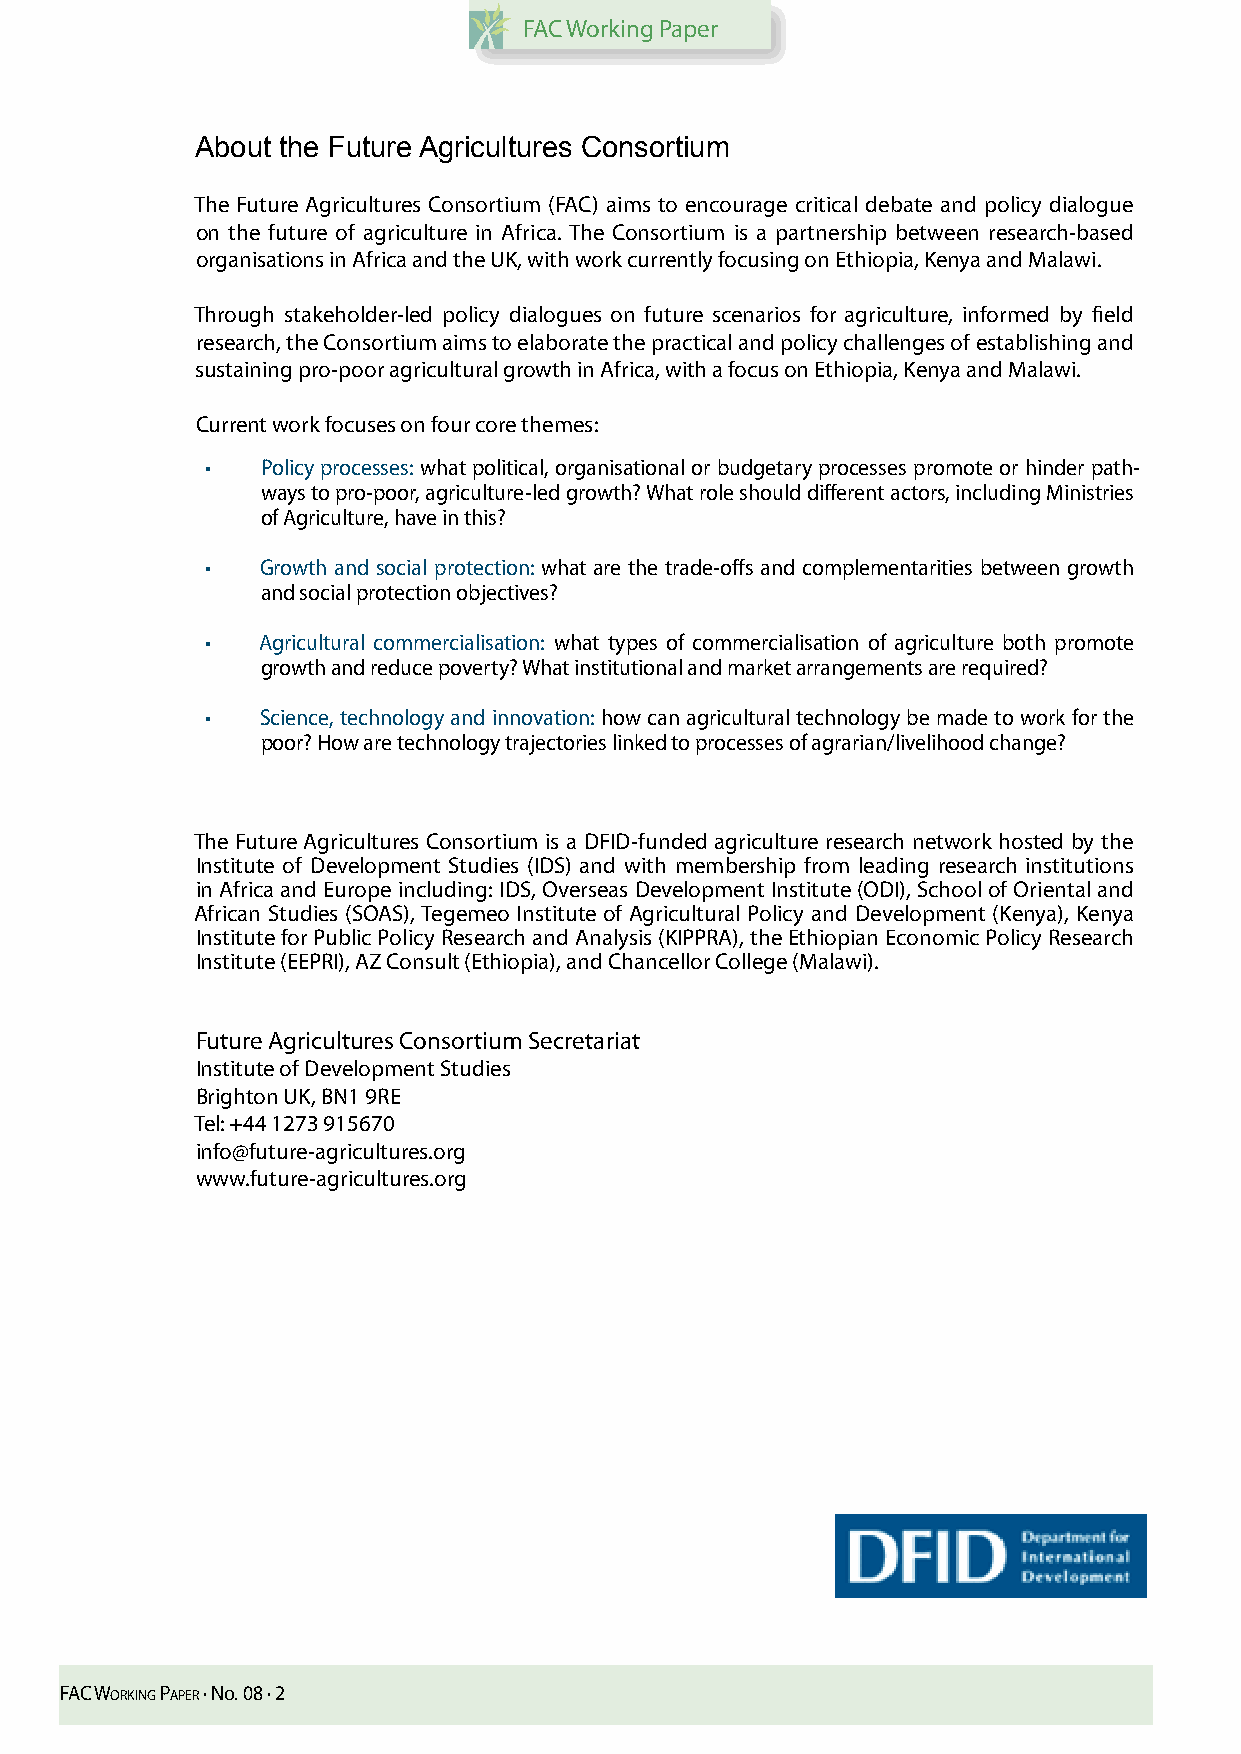
FAC Working Paper
 About the Future Agricultures Consortium
 The Future Agricultures Consortium (FAC) aims to encourage critical debate and policy dialogue
 on the future of agriculture in Africa. The Consortium is a partnership between research-based
 organisations in Africa and the UK, with work currently focusing on Ethiopia, Kenya and Malawi.
 Through stakeholder-led policy dialogues on future scenarios for agriculture, informed by field
 research, the Consortium aims to elaborate the practical and policy challenges of establishing and
 sustaining pro-poor agricultural growth in Africa, with a focus on Ethiopia, Kenya and Malawi.
 Current work focuses on four core themes:
 •  Policy processes: what political, organisational or budgetary processes promote or hinder path-
 ways to pro-poor, agriculture-led growth? What role should different actors, including Ministries
 of Agriculture, have in this?
 •  Growth and social protection: what are the trade-offs and complementarities between growth
 and social protection objectives?
 •  Agricultural commercialisation: what types of commercialisation of agriculture both promote
 growth and reduce poverty? What institutional and market arrangements are required?
 •  Science, technology and innovation: how can agricultural technology be made to work for the
 poor? How are technology trajectories linked to processes of agrarian/livelihood change?
 The Future Agricultures Consortium is a DFID-funded agriculture research network hosted by the
 Institute of Development Studies (IDS) and with membership from leading research institutions
 in Africa and Europe including: IDS, Overseas Development Institute (ODI), School of Oriental and
 African Studies (SOAS), Tegemeo Institute of Agricultural Policy and Development (Kenya), Kenya
 Institute for Public Policy Research and Analysis (KIPPRA), the Ethiopian Economic Policy Research
 Institute (EEPRI), AZ Consult (Ethiopia), and Chancellor College (Malawi).
 Future Agricultures Consortium Secretariat
 Institute of Development Studies
 Brighton UK, BN1 9RE
 Tel: +44 1273 915670
 info@future-agricultures.org
 www.future-agricultures.org
 FAC Working PAPer · No. 08 · 2